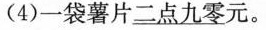
(4)一袋薯片\underline{二点九零}元。